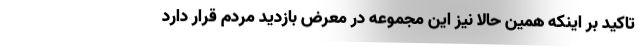
تاکید بر اینکه همین حالا نیز این مجموعه در معرض بازدید مردم قرار دارد